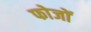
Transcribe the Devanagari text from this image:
फोजों